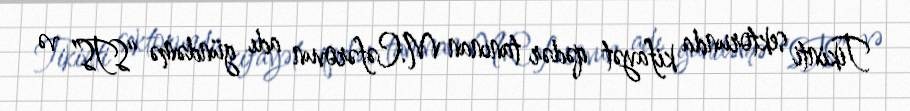
Tikinti sektorunda kifayət qədər tanınan M.Cəfərovun adı gündəmə “STS” və